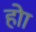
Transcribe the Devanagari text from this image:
होा